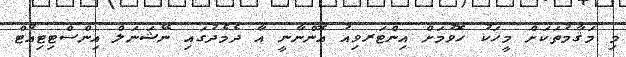
މި މަޤާމުތަކަށް މީހަކު ހޮވުމަށް އިންޓަރވިއު އޮންނާނީ އާ ދެމެދުގައި ނޭޝަނަލް އިންސްޓިޓިއުޓް